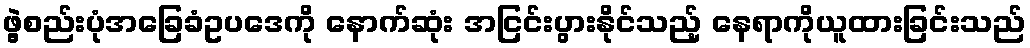
ဖွဲ့စည်းပုံအခြေခံဥပဒေကို နောက်ဆုံး အငြင်းပွားနိုင်သည့် နေရာကိုယူထားခြင်းသည်